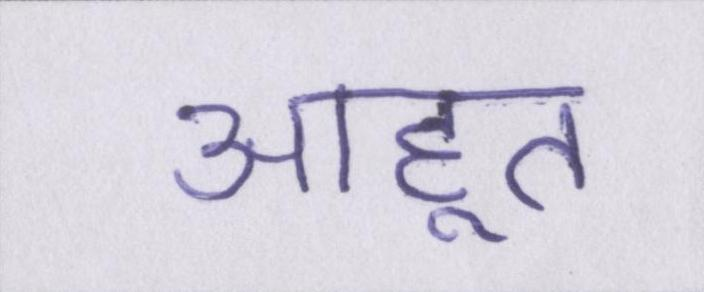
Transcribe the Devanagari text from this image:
आहूत